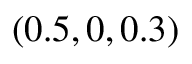
( 0 . 5 , 0 , 0 . 3 )